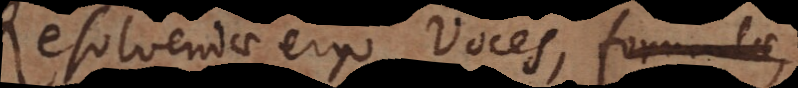
Resolvendae ergo voces, formulae,